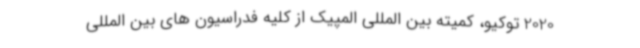
2020 توکیو، کمیته بین المللی المپیک از کلیه فدراسیون های بین المللی